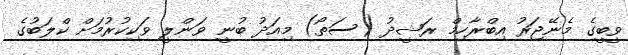
ވީބީގެ މެނޭޖަރު އިބްރާހިމް ރަޝީދު (ސަތޯ) މިއަދު ބުނީ ވަންލީ ވަކިކުރުމަށް ކްލަބުގެ